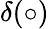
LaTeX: \delta(\circ)